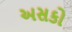
અસકો